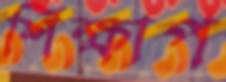
শিক্ষাপ